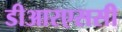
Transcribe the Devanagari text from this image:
डीआरएससी